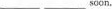
_____soon.